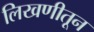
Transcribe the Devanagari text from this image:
लिखणीतून